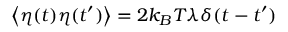
\left\langle \eta ( t ) \eta ( t ^ { \prime } ) \right\rangle = 2 k _ { B } T \lambda \delta ( t - t ^ { \prime } )